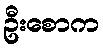
ဦးစောက